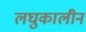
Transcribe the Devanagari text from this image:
लघुकालीन